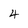
Character: 4